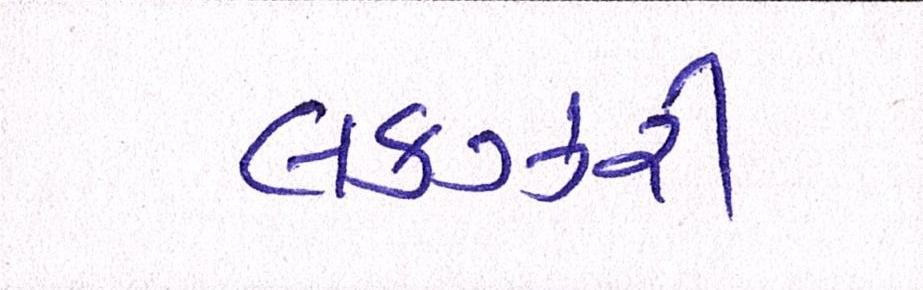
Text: લકઝરી